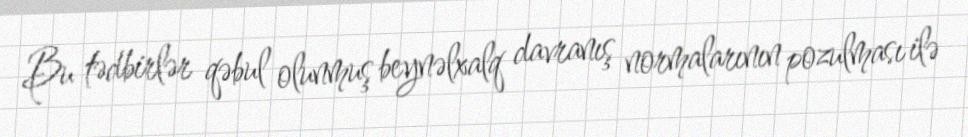
Bu tədbirlər qəbul olunmuş beynəlxalq davranış normalarının pozulması ilə